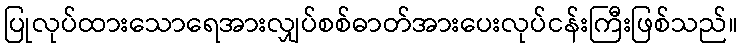
ပြုလုပ်ထားသောရေအားလျှပ်စစ်ဓာတ်အားပေးလုပ်ငန်းကြီးဖြစ်သည်။